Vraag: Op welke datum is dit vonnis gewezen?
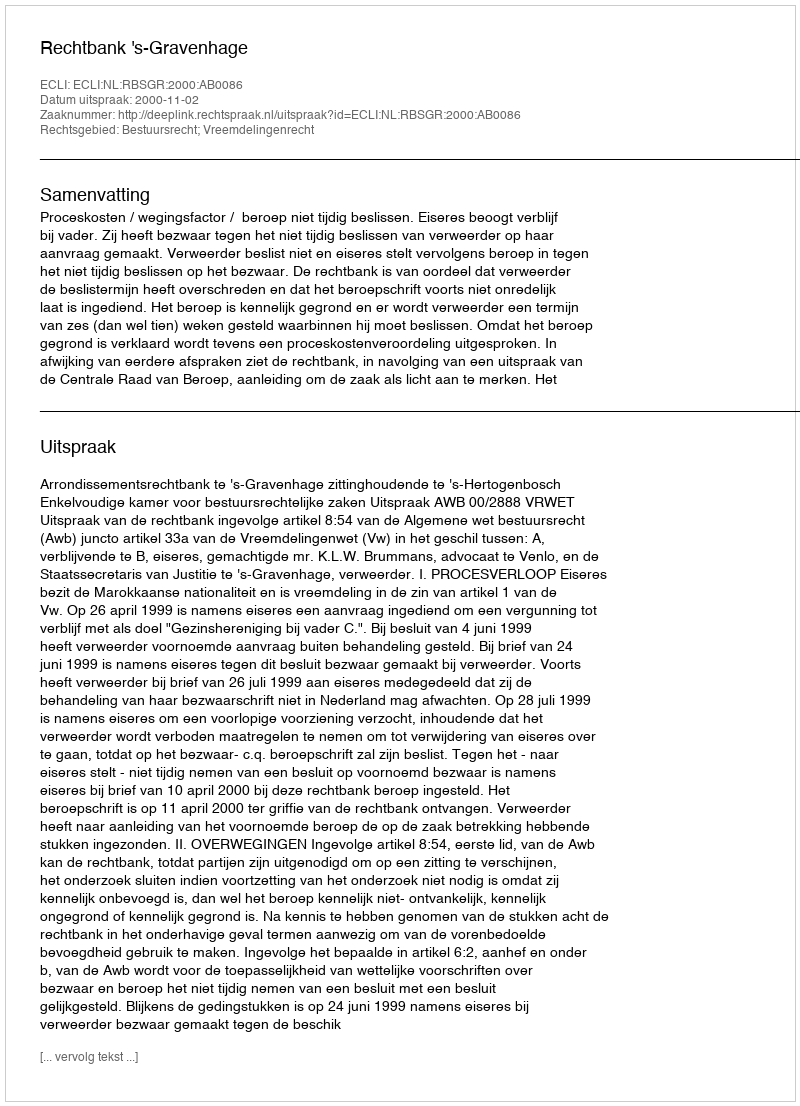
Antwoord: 2000-11-02